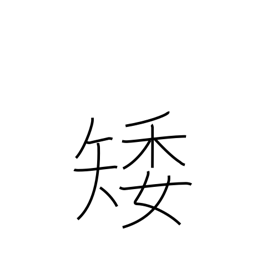
Meaning: low